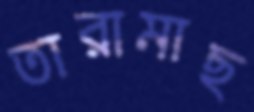
তারামাছ